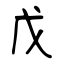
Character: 戊